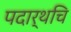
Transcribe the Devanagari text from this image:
पदार्थचि